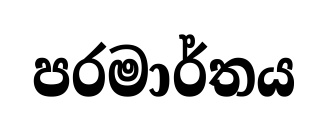
පරමාර්තය